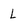
Character: L